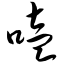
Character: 噎